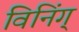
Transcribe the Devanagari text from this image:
विनिंग्